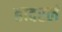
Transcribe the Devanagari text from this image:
हादरलं